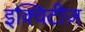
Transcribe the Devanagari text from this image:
इक्विटीज़